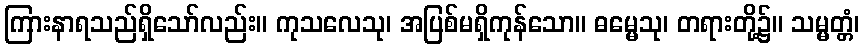
ကြားနာရသည်ရှိသော်လည်း။ ကုသလေသု၊ အပြစ်မရှိကုန်သော။ ဓမ္မေသု၊ တရားတို့၌။ သမ္မတ္တံ၊